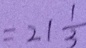
= 2 1 \frac { 1 } { 3 }